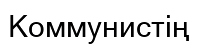
Коммунистің